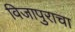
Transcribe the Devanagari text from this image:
विजापुराचा